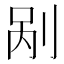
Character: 剐